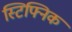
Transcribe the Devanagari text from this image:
स्टिफ्निक